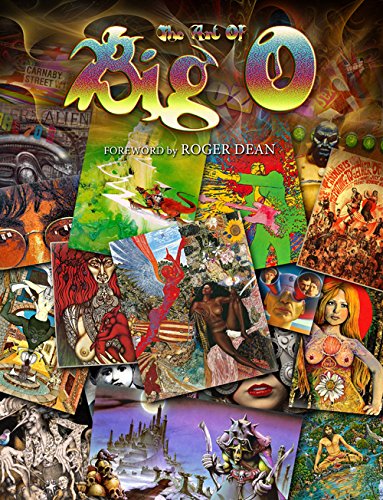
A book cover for The Art Of Big O: Foreword by Roger Dean - Hardcover; Michael Fishel; Crafts, Hobbies & Home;